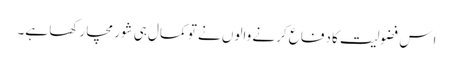
اِس فضولیت کا دفاع کرنے والوں نے تو کمال ہی شور مچا رکھا ہے۔